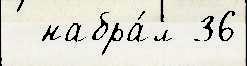
  набра́л 36